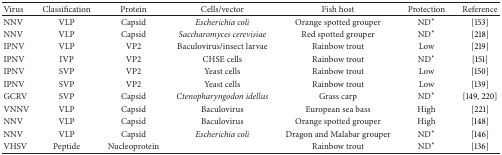
<table><thead><tr><td><b>Virus</b></td><td><b>Classification</b></td><td><b>Protein</b></td><td><b>Cells/vector</b></td><td><b>Fish host</b></td><td><b>Protection</b></td><td><b>Reference</b></td></tr></thead><tbody><tr><td>NNV</td><td>VLP</td><td>Capsid</td><td><i>Escherichia coli </i></td><td>Orange spotted grouper</td><td>ND<sup>∗</sup></td><td>[153]</td></tr><tr><td>NNV</td><td>VLP</td><td>Capsid</td><td><i>Saccharomyces cerevisiae </i></td><td>Red spotted grouper</td><td>ND<sup>∗</sup></td><td>[218]</td></tr><tr><td>IPNV</td><td>VLP</td><td>VP2</td><td>Baculovirus/insect larvae</td><td>Rainbow trout</td><td>Low</td><td>[219]</td></tr><tr><td>IPNV</td><td>IVP</td><td>VP2</td><td>CHSE cells</td><td>Rainbow trout</td><td>ND<sup>∗</sup></td><td>[151]</td></tr><tr><td>IPNV</td><td>SVP</td><td>VP2</td><td>Yeast cells</td><td>Rainbow trout</td><td>Low</td><td>[150]</td></tr><tr><td>IPNV</td><td>SVP</td><td>VP2</td><td>Yeast cells</td><td>Rainbow trout</td><td>Low</td><td>[139]</td></tr><tr><td>GCRV</td><td>SVP</td><td>Capsid</td><td><i>Ctenopharyngodon idellus </i></td><td>Grass carp</td><td>ND<sup>∗</sup></td><td>[149, 220]</td></tr><tr><td>VNNV</td><td>VLP</td><td>Capsid</td><td>Baculovirus</td><td>European sea bass</td><td>High</td><td>[221]</td></tr><tr><td>NNV</td><td>VLP</td><td>Capsid</td><td>Baculovirus</td><td>Orange spotted grouper</td><td>High</td><td>[148]</td></tr><tr><td>NNV</td><td>VLP</td><td>Capsid</td><td><i>Escherichia coli </i></td><td>Dragon and Malabar grouper</td><td>ND<sup>∗</sup></td><td>[146]</td></tr><tr><td>VHSV</td><td>Peptide</td><td>Nucleoprotein</td><td> </td><td>Rainbow trout</td><td>ND<sup>∗</sup></td><td>[136]</td></tr></tbody></table>